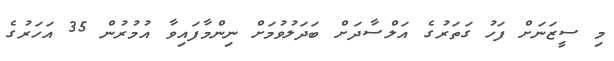
މި ސީޒަނަށް ފަހު ގަތަރުގެ އަލްސާދަށް ބަދަލުވުމަށް ނިންމާފައިވާ އުމުރުން 35 އަހަރުގެ